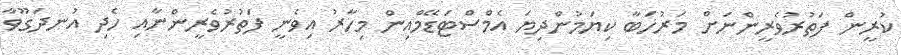
ކުރީން ފަތުރުވެރީންނަށް މަރުހަބާ ކިޔަމުންދިޔަ އެމްސްޓަޑޭމްއިން މިހާރު އިވެނީ ފަތުރުވެރީންނާއި ހެދި އުނދަގޫވާ